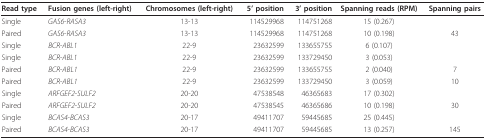
<table><thead><tr><td><b>Read type</b></td><td><b>Fusion genes (left-right)</b></td><td><b>Chromosomes (left-right)</b></td><td><b>5&#x27; position</b></td><td><b>3&#x27; position</b></td><td><b>Spanning reads (RPM)</b></td><td><b>Spanning pairs</b></td></tr></thead><tbody><tr><td>Single</td><td><i>GAS6</i>-<i>RASA3</i></td><td>13-13</td><td>114529968</td><td>114751268</td><td>15 (0.267)</td><td></td></tr><tr><td>Paired</td><td><i>GAS6</i>-<i>RASA3</i></td><td>13-13</td><td>114529968</td><td>114751268</td><td>10 (0.198)</td><td>43</td></tr><tr><td>Single</td><td><i>BCR</i>-<i>ABL1</i></td><td>22-9</td><td>23632599</td><td>133655755</td><td>6 (0.107)</td><td></td></tr><tr><td>Single</td><td><i>BCR</i>-<i>ABL1</i></td><td>22-9</td><td>23632599</td><td>133729450</td><td>3 (0.053)</td><td></td></tr><tr><td>Paired</td><td><i>BCR</i>-<i>ABL1</i></td><td>22-9</td><td>23632599</td><td>133655755</td><td>2 (0.040)</td><td>7</td></tr><tr><td>Paired</td><td><i>BCR</i>-<i>ABL1</i></td><td>22-9</td><td>23632599</td><td>133729450</td><td>3 (0.059)</td><td>10</td></tr><tr><td>Single</td><td><i>ARFGEF2</i>-<i>SULF2</i></td><td>20-20</td><td>47538548</td><td>46365683</td><td>17 (0.302)</td><td></td></tr><tr><td>Paired</td><td><i>ARFGEF2</i>-<i>SULF2</i></td><td>20-20</td><td>47538545</td><td>46365686</td><td>10 (0.198)</td><td>30</td></tr><tr><td>Single</td><td><i>BCAS4</i>-<i>BCAS3</i></td><td>20-17</td><td>49411707</td><td>59445685</td><td>25 (0.445)</td><td></td></tr><tr><td>Paired</td><td><i>BCAS4</i>-<i>BCAS3</i></td><td>20-17</td><td>49411707</td><td>59445685</td><td>13 (0.257)</td><td>145</td></tr></tbody></table>